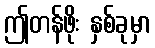
ဤတန်ဖိုး နှစ်ခုမှာ